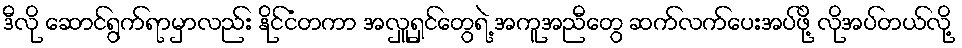
ဒီလို ဆောင်ရွက်ရာမှာလည်း နိုင်ငံတကာ အလှူရှင်တွေရဲ့ အကူအညီတွေ ဆက်လက်ပေးအပ်ဖို့ လိုအပ်တယ်လို့